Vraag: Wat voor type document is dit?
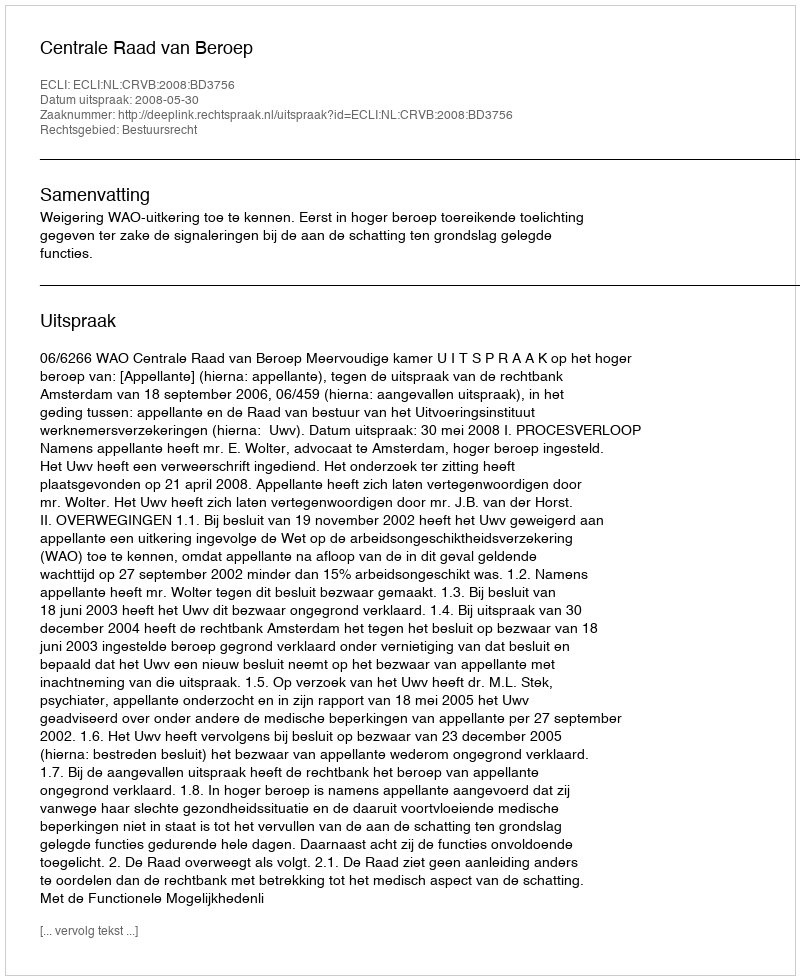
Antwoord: Uitspraak